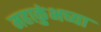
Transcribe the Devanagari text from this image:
महाकुंभच्या